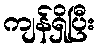
ကျန်ရှိပြီး